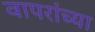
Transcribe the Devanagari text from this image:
वापरांच्या